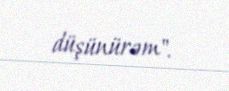
düşünürəm".